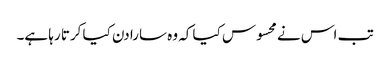
تب اس نے محسوس کیا کہ وہ سارا دن کیا کرتا رہا ہے۔